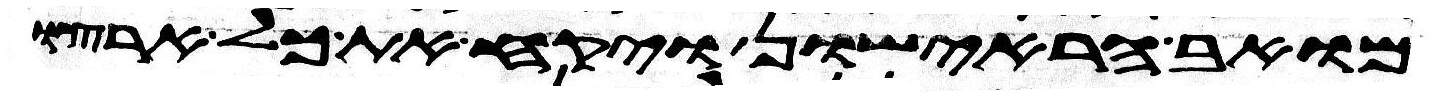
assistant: מואב הראישון ויקח את כל ארצו